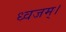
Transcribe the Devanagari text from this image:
ध्वजम्।